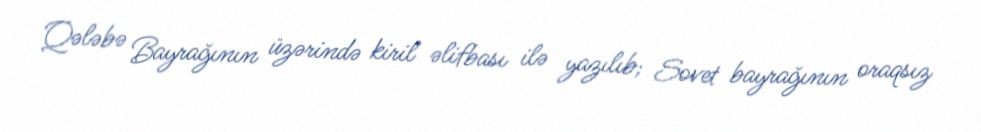
Qələbə Bayrağının üzərində kiril əlifbası ilə yazılıb; Sovet bayrağının oraqsız